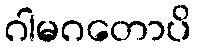
ဂါမဂတောပိ